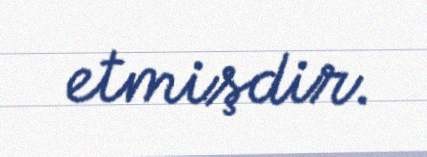
etmişdir.